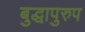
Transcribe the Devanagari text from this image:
बुद्धापुरुप